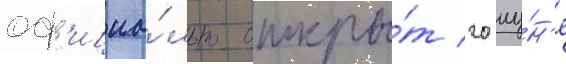
оф'ициа́льно откры́т 20 иу́н'я